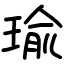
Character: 瑜